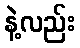
နဲ့လည်း